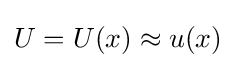
U=U(x)\approx u(x)